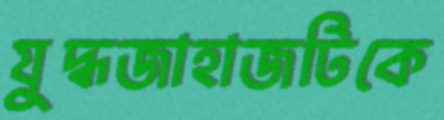
যুদ্ধজাহাজটিকে